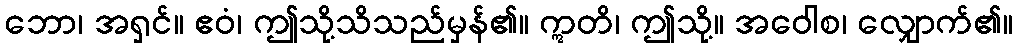
ဘော၊ အရှင်။ ဧဝံ၊ ဤသို့သိသည်မှန်၏။ ဣတိ၊ ဤသို့။ အဝေါစ၊ လျှောက်၏။